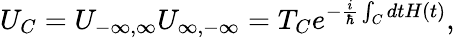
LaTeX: U_{C}=U_{-\infty,\infty}U_{\infty,-\infty}=T_{C}e^{-\frac{i}{\hbar}\int_{C}dtH(t)},